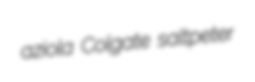
aziola Colgate saltpeter